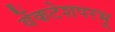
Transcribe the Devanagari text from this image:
वेंकटेशपरभू